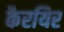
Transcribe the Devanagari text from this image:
कैरयिर